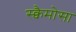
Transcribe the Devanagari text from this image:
स्क्वैमोसा